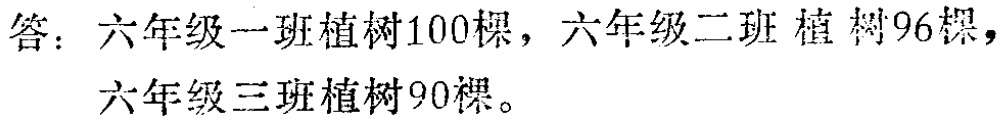
答：六年级一班植树100棵，六年级二班植树96棵，六年级三班植树90棵。